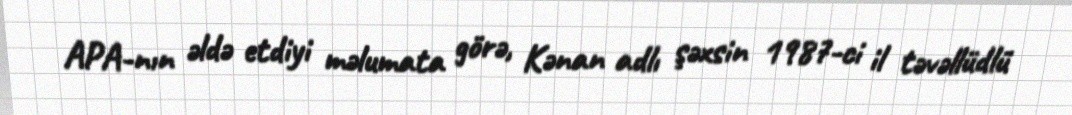
APA-nın əldə etdiyi məlumata görə, Kənan adlı şəxsin 1987-ci il təvəllüdlü